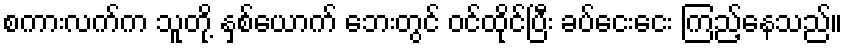
စကားလက်က သူတို့ နှစ်ယောက် ဘေးတွင် ဝင်ထိုင်ပြီး ခပ်ငေးငေး ကြည့်နေသည်။